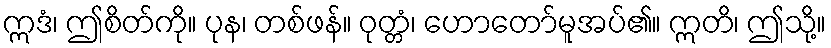
ဣဒံ၊ ဤစိတ်ကို။ ပုန၊ တစ်ဖန်။ ဝုတ္တံ၊ ဟောတော်မူအပ်၏။ ဣတိ၊ ဤသို့။